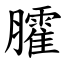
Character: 臛